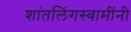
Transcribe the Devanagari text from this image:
शांतलिंगस्वामींनी